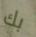
بك